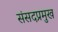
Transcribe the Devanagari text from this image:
संसदप्रमुख